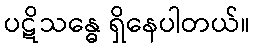
ပဋိသန္ဓေ ရှိနေပါတယ်။